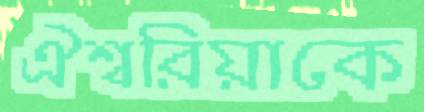
ঐশ্বরিয়াকে